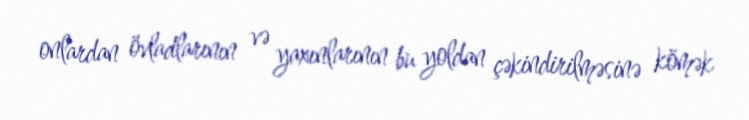
onlardan övladlarının və yaxınlarının bu yoldan çəkindirilməsinə kömək